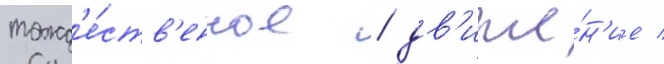
тожд'е́ств'енное / дв'иже́н'ие /